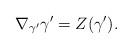
LaTeX: \begin{align*}\nabla_{\gamma^\prime} \gamma^\prime = Z(\gamma^\prime).\end{align*}